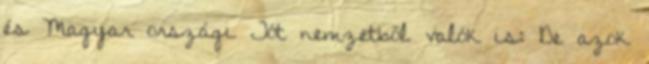
és Magyar országi Tót nemzetből valók is: De azok